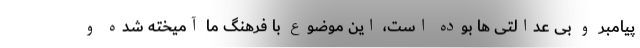
پیامبر و بی عدالتی ها بوده است، این موضوع با فرهنگ ما آمیخته شده و